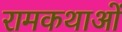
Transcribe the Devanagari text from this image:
रामकथाओं